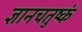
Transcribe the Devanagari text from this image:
ज्ञानचतुष्कं